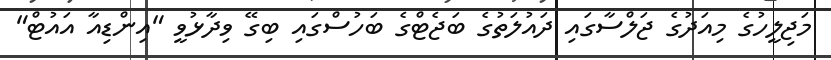
މަޖިލީހުގެ މިއަދުގެ ޖަލްސާގައި ދައުލަތުގެ ބަޖެޓްގެ ބަހުސްގައި ބިގޭ ވިދާޅުވީ "އިންޑިއާ އައުޓް"